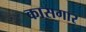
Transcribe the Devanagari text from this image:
कासगार